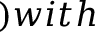
) w i t h